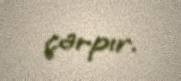
çarpır.